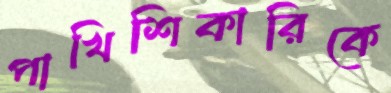
পাখিশিকারিকে